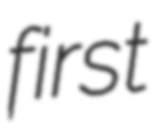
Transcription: first